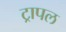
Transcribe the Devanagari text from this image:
ट्रापल